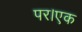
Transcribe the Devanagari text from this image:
पर।एक